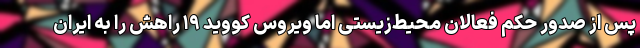
پس از صدور حکم فعالان محیط‌زیستی اما ویروس کووید ۱۹ راهش را به ایران